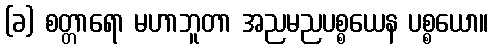
(ခ) စတ္တာရော မဟာဘူတာ အညမညပစ္စယေန ပစ္စယော။